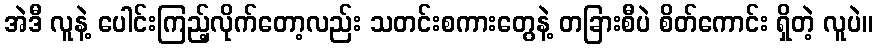
အဲဒီ လူနဲ့ ပေါင်းကြည့်လိုက်တော့လည်း သတင်းစကားတွေနဲ့ တခြားစီပဲ စိတ်ကောင်း ရှိတဲ့ လူပဲ။